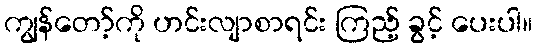
ကျွန်တော့်ကို ဟင်းလျာစာရင်း ကြည့် ခွင့် ပေးပါ။